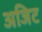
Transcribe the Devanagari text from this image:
अजिट